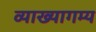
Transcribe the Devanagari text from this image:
व्याख्यागम्य